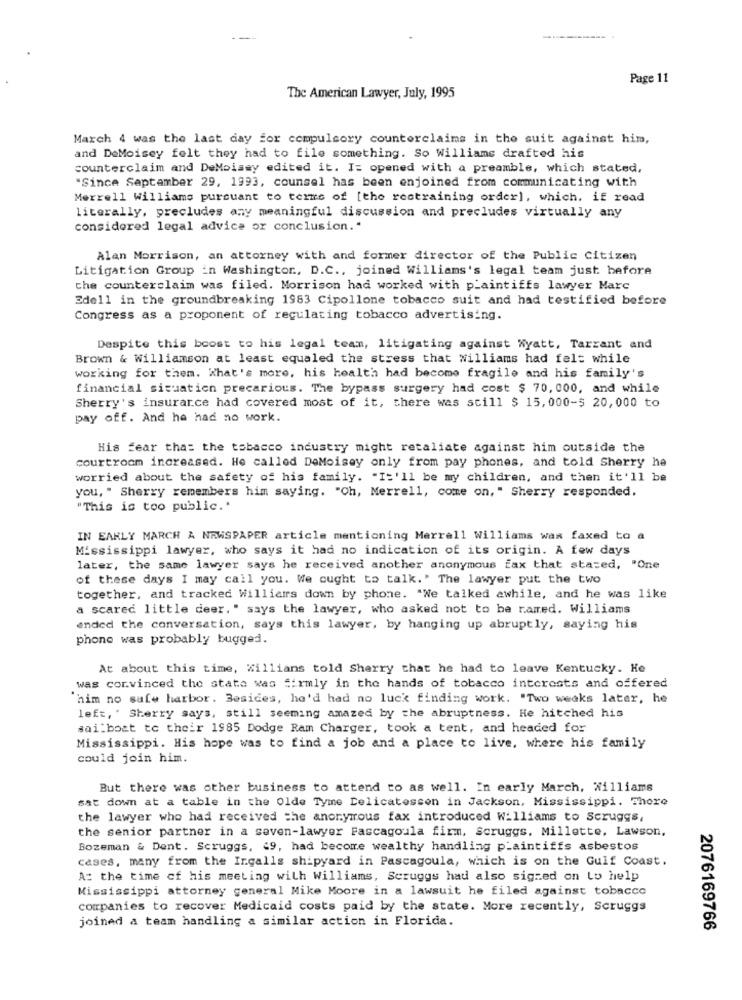
Page 11
The American Lawyer, July, 1995
March 4 was the last day for compulsory counterclaims in the suit against him,
and DeMoisey felt they had to file something. So Williams drafted his
counterclaim and DeMoisey edited it. I: opened with a preamble, which stated,
"Since September 29, 1993, counsel has been enjoined from communicating with
Merrell Williams pursuant to terms of [the restraining order], which. if read
literally, precludes any meaningful discussion and precludes virtually any
considered legal advice or conclusion."
Alan Morrison, an attorney with and former director of the Public Citizen
Litigation Group in Washington, D.C ., joined Williams's legal team just before
che counterclaim was filed. Morrison had worked with plaintiffs lawyer Marc
Edell in the groundbreaking 1983 Cipollone tobacco suit and had testified before
Congress as a proponent of regulating tobacco advertising.
Despite this boost to his legal team, litigating against Wyatt, Tarrant and
Brown & Williamson at least equaled the stress that williams had felt while
working for them. What's more, his health had become fragile and his family's
financial situation precarious. The bypass surgery had cost $ 70, 000, and while
Sherry's insurance had covered most of it, there was still $ 15,000-$ 20,000 to
pay off. And he had no work.
His fear that the tobacco industry might retaliate against him outside the
courtroom increased. He called DeMoisey only from pay phones, and told Sherry he
worried about the safety of his family. "It'll be my children, and then it'll be
you, " Sherry remembers him saying. "Oh, Merrell, come on, " Sherry responded.
"This is too public ..
IN EARLY MARCH A NEWSPAPER article mentioning Merrell Williams was faxed to a
Mississippi lawyer, who says it had no indication of its origin. A few days
later, the same lawyer says he received another anonymous fax that stared, "One
of these days I may call you. We ought to talk." The lawyer put the two
together, and tracked Williams down by phone. "We talked awhile, and he was like
a scared little deer." says the lawyer, who asked not to be ramed. Williams
ended the conversation, says this lawyer, by hanging up abruptly, saying his
phone was probably bugged.
At about this time, Willians told Sherry that he had to leave Kentucky. He
was convinced the state was #:rmly in the hands of tobacco interests and offered
him no safe harbor. Besides, he'd had no luck finding work. "Two weeks later, he
left, ' Sherry says, still seeming amazed by the abruptness. He hitched his
sailboat to their 1985 Dodge Ram Charger, took a tent, and headed for
Mississippi. His hope was to find a job and a place to live, where his family
could join him.
But there was other business to attend to as well. In early March, Williams
sat down at a table in the Olde Tyme Delicatessen in Jackson, Mississippi. Thore
the lawyer who had received the anonymous fax introduced Williams to Scruggs,
the senior partner in a seven-lawyer Pascagoula firm. Scruggs. Millette, Lawson,
Bozeman & Dent. Scruggs, 49, had become wealthy handling plaintiffs asbestos
cases, many from the Ingalls shipyard in Pascagoula, which is on the Gulf Coast.
A: the time of his meeting with Williams, Scruggs had also sigzed on Lo help
Mississippi attorney general Mike Moore in a lawsuit he filed against tobacco
companies to recover Medicaid costs paid by the state. More recently, Scruggs
joined a team handling a similar action in Florida.
2076169766